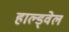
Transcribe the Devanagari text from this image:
हाल्ड्वेल